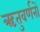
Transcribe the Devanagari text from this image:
ऋतुवर्णनों